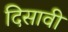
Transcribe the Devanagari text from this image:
दिसावी